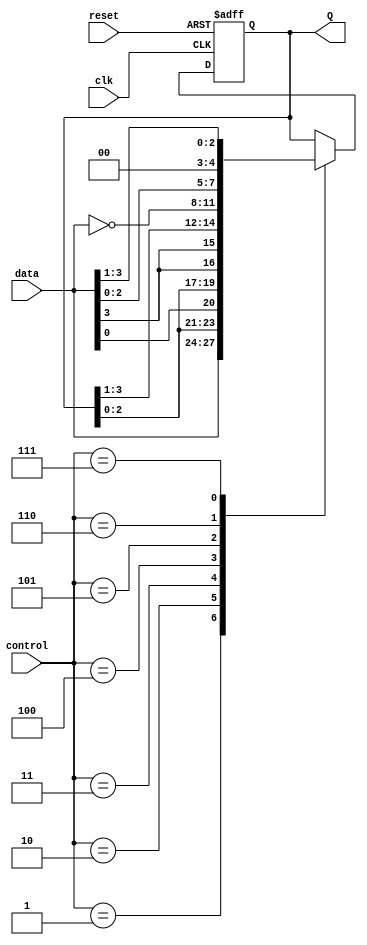
module univ_shift_register (
  input [3:0] data,         
  input clk,             
  input reset,           
  input [2:0] control,   
  output reg [3:0] Q     
);

  reg [3:0] internal_reg;  

  always @(posedge clk or posedge reset) begin
    if (reset) begin
      internal_reg <= 4'b0;  // Reset internal_reg to 0000
    end else begin
      case (control)
        3'b000: ;  // Hold (No Change)
        3'b001: internal_reg <= data;  // Parallel load
        3'b010: internal_reg <= {internal_reg[2:0], data[0]};  // Serial load
        3'b011: internal_reg <= {internal_reg[2:0], data[3]};  // Shift left
        3'b100: internal_reg <= {data[3], internal_reg[3:1]};  // Shift right
        3'b101: internal_reg <= ~data;  // Invert
        3'b110: internal_reg <= data << 1;  // Multiply by 2 (Same as Shift left)
        3'b111: internal_reg <= data >> 1;  // Divide by 2
      endcase
    end
  end

  always @* begin
    Q = internal_reg;  // Assign the output Q with the current state of the internal register
  end
endmodule